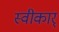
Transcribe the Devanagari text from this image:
स्वीकार्